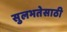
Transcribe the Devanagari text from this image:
सुलभतेसाठी